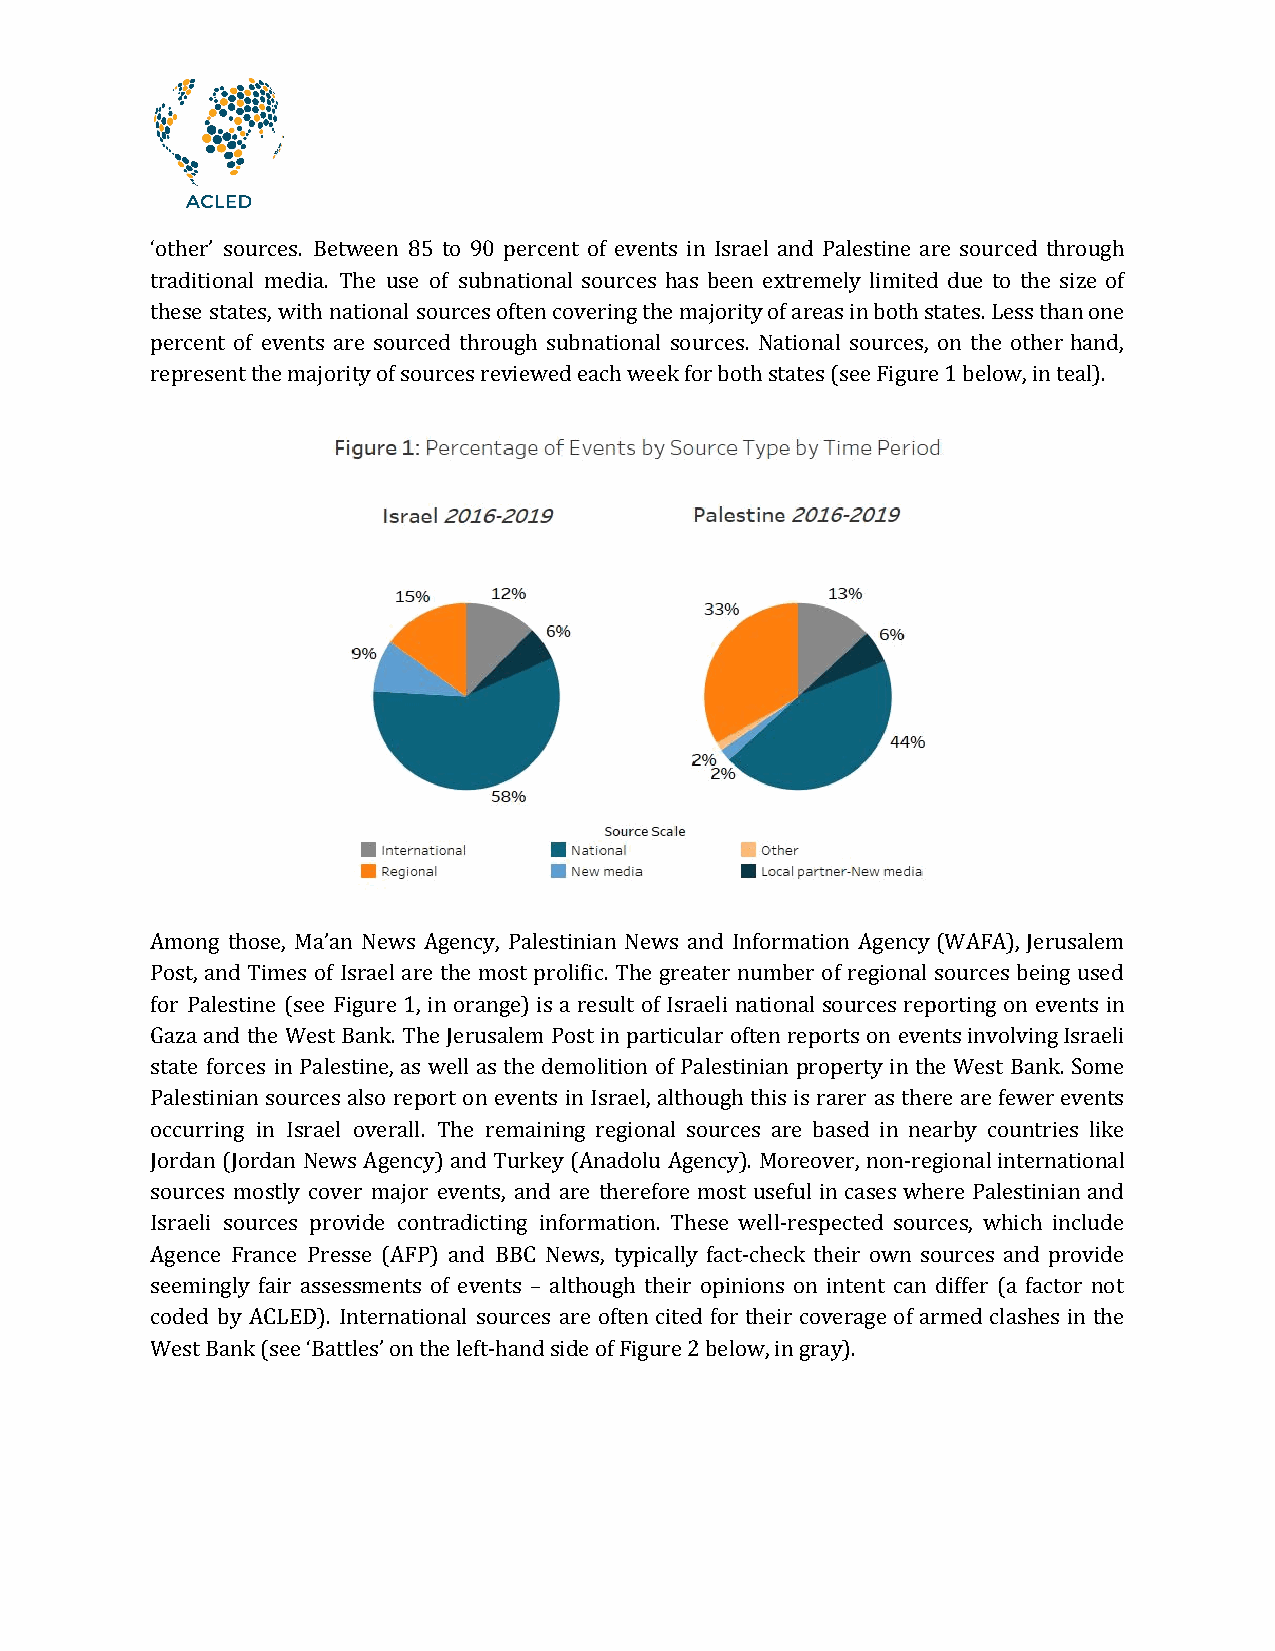
‘other’ sources. Between 85 to 90 percent of events in Israel and Palestine are sourced through
 traditional media. The use of subnational sources has been extremely limited due to the size of
 these states, with national sources often covering the majority of areas in both states. Less than one
 percent of events are sourced through subnational sources. National sources, on the other hand,
 represent the majority of sources reviewed each week for both states (see Figure 1 below, in teal).
 Among those, Ma’an News Agency, Palestinian News and Information Agency (WAFA), Jerusalem
 Post, and Times of Israel are the most prolific. The greater number of regional sources being used
 for Palestine (see Figure 1, in orange) is a result of Israeli national sources reporting on events in
 Gaza and the West Bank. The Jerusalem Post in particular often reports on events involving Israeli
 state forces in Palestine, as well as the demolition of Palestinian property in the West Bank. Some
 Palestinian sources also report on events in Israel, although this is rarer as there are fewer events
 occurring in Israel overall. The remaining regional sources are based in nearby countries like
 Jordan (Jordan News Agency) and Turkey (Anadolu Agency). Moreover, non-regional international
 sources mostly cover major events, and are therefore most useful in cases where Palestinian and
 Israeli sources provide contradicting information. These well-respected sources, which include
 Agence France Presse (AFP) and BBC News, typically fact-check their own sources and provide
 seemingly fair assessments of events – although their opinions on intent can differ (a factor not
 coded by ACLED). International sources are often cited for their coverage of armed clashes in the
 West Bank (see ‘Battles’ on the left-hand side of Figure 2 below, in gray).